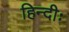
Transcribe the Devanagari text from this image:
हिन्दीः